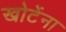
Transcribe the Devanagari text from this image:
खोटेंना